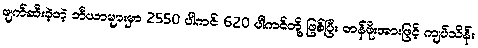
ဖျက်ဆီးခဲ့တဲ့ ဘီယာများမှာ 2550 ပါကင်၊ 620 ပါကင်တို့ ဖြစ်ပြီး တန်ဖိုးအားဖြင့် ကျပ်သိန်း